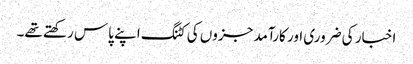
اخبار کی ضروری اور کارآمد جزوں کی کٹنگ اپنے پاس رکھتے تھے۔